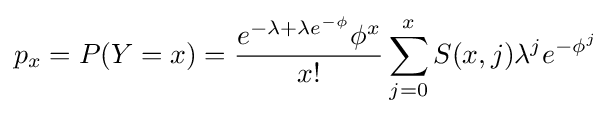
p_{x}=P(Y=x)={\frac {e^{-\lambda +\lambda e^{-\phi }}\phi ^{x}}{x!}}\sum _{j=0}^{x}S(x,j)\lambda ^{j}e^{-\phi ^{j}}